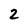
Character: 2